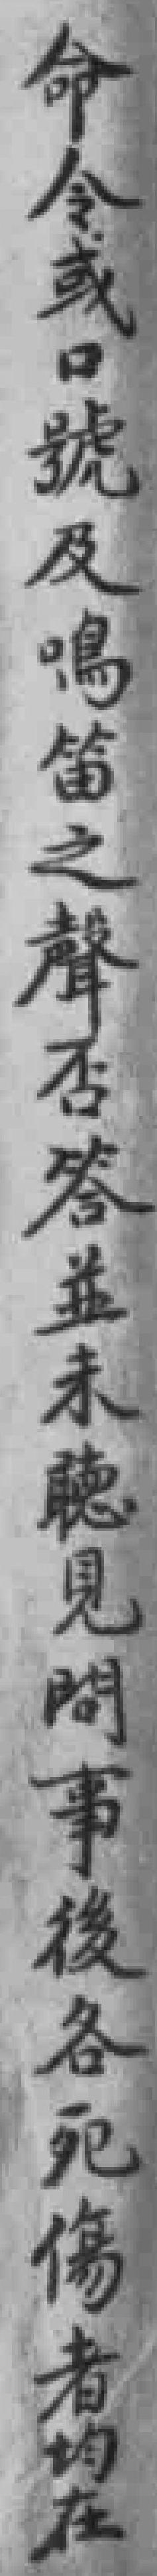
命令或口號及鳴笛之聲否答並未聼見問事後各死傷者均在